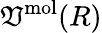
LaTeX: \mathfrak{V}^{\mathrm{{mol}}}(R)